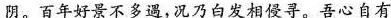
阴。百年好景不多遇，况乃白发相侵寻。吾心自有